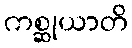
ကစ္ဆုယာတိ